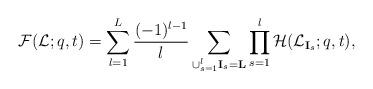
LaTeX: \begin{align*}\mathcal{F}(\mathcal{L};q,t)=\sum_{l=1}^L\frac{(-1)^{l-1}}{l}\sum_{\cup_{s=1}^l\mathbf{I}_s=\mathbf{L}}\prod_{s=1}^l\mathcal{H}(\mathcal{L}_{\mathbf{I}_s};q,t),\end{align*}